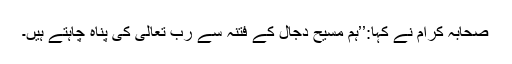
صحابہ کرام نے کہا:’’ہم مسیح دجال کے فتنہ سے رب تعالیٰ کی پناہ چاہتے ہیں۔